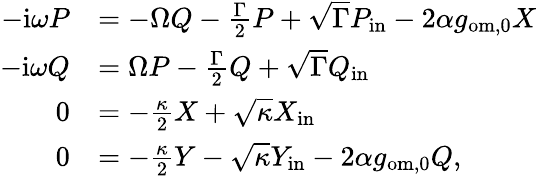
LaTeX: \begin{array}{rl}{-\mathrm{i}\omega P}&{=-\Omega Q-\frac{\Gamma}{2}P+\sqrt{\Gamma}P_{\mathrm{in}}-2\alpha g_{\mathrm{om,0}}X}\\ {-\mathrm{i}\omega Q}&{=\Omega P-\frac{\Gamma}{2}Q+\sqrt{\Gamma}Q_{\mathrm{in}}}\\ {0}&{=-\frac{\kappa}{2}X+\sqrt{\kappa}X_{\mathrm{in}}}\\ {0}&{=-\frac{\kappa}{2}Y-\sqrt{\kappa}Y_{\mathrm{in}}-2\alpha g_{\mathrm{om},0}Q,}\end{array}